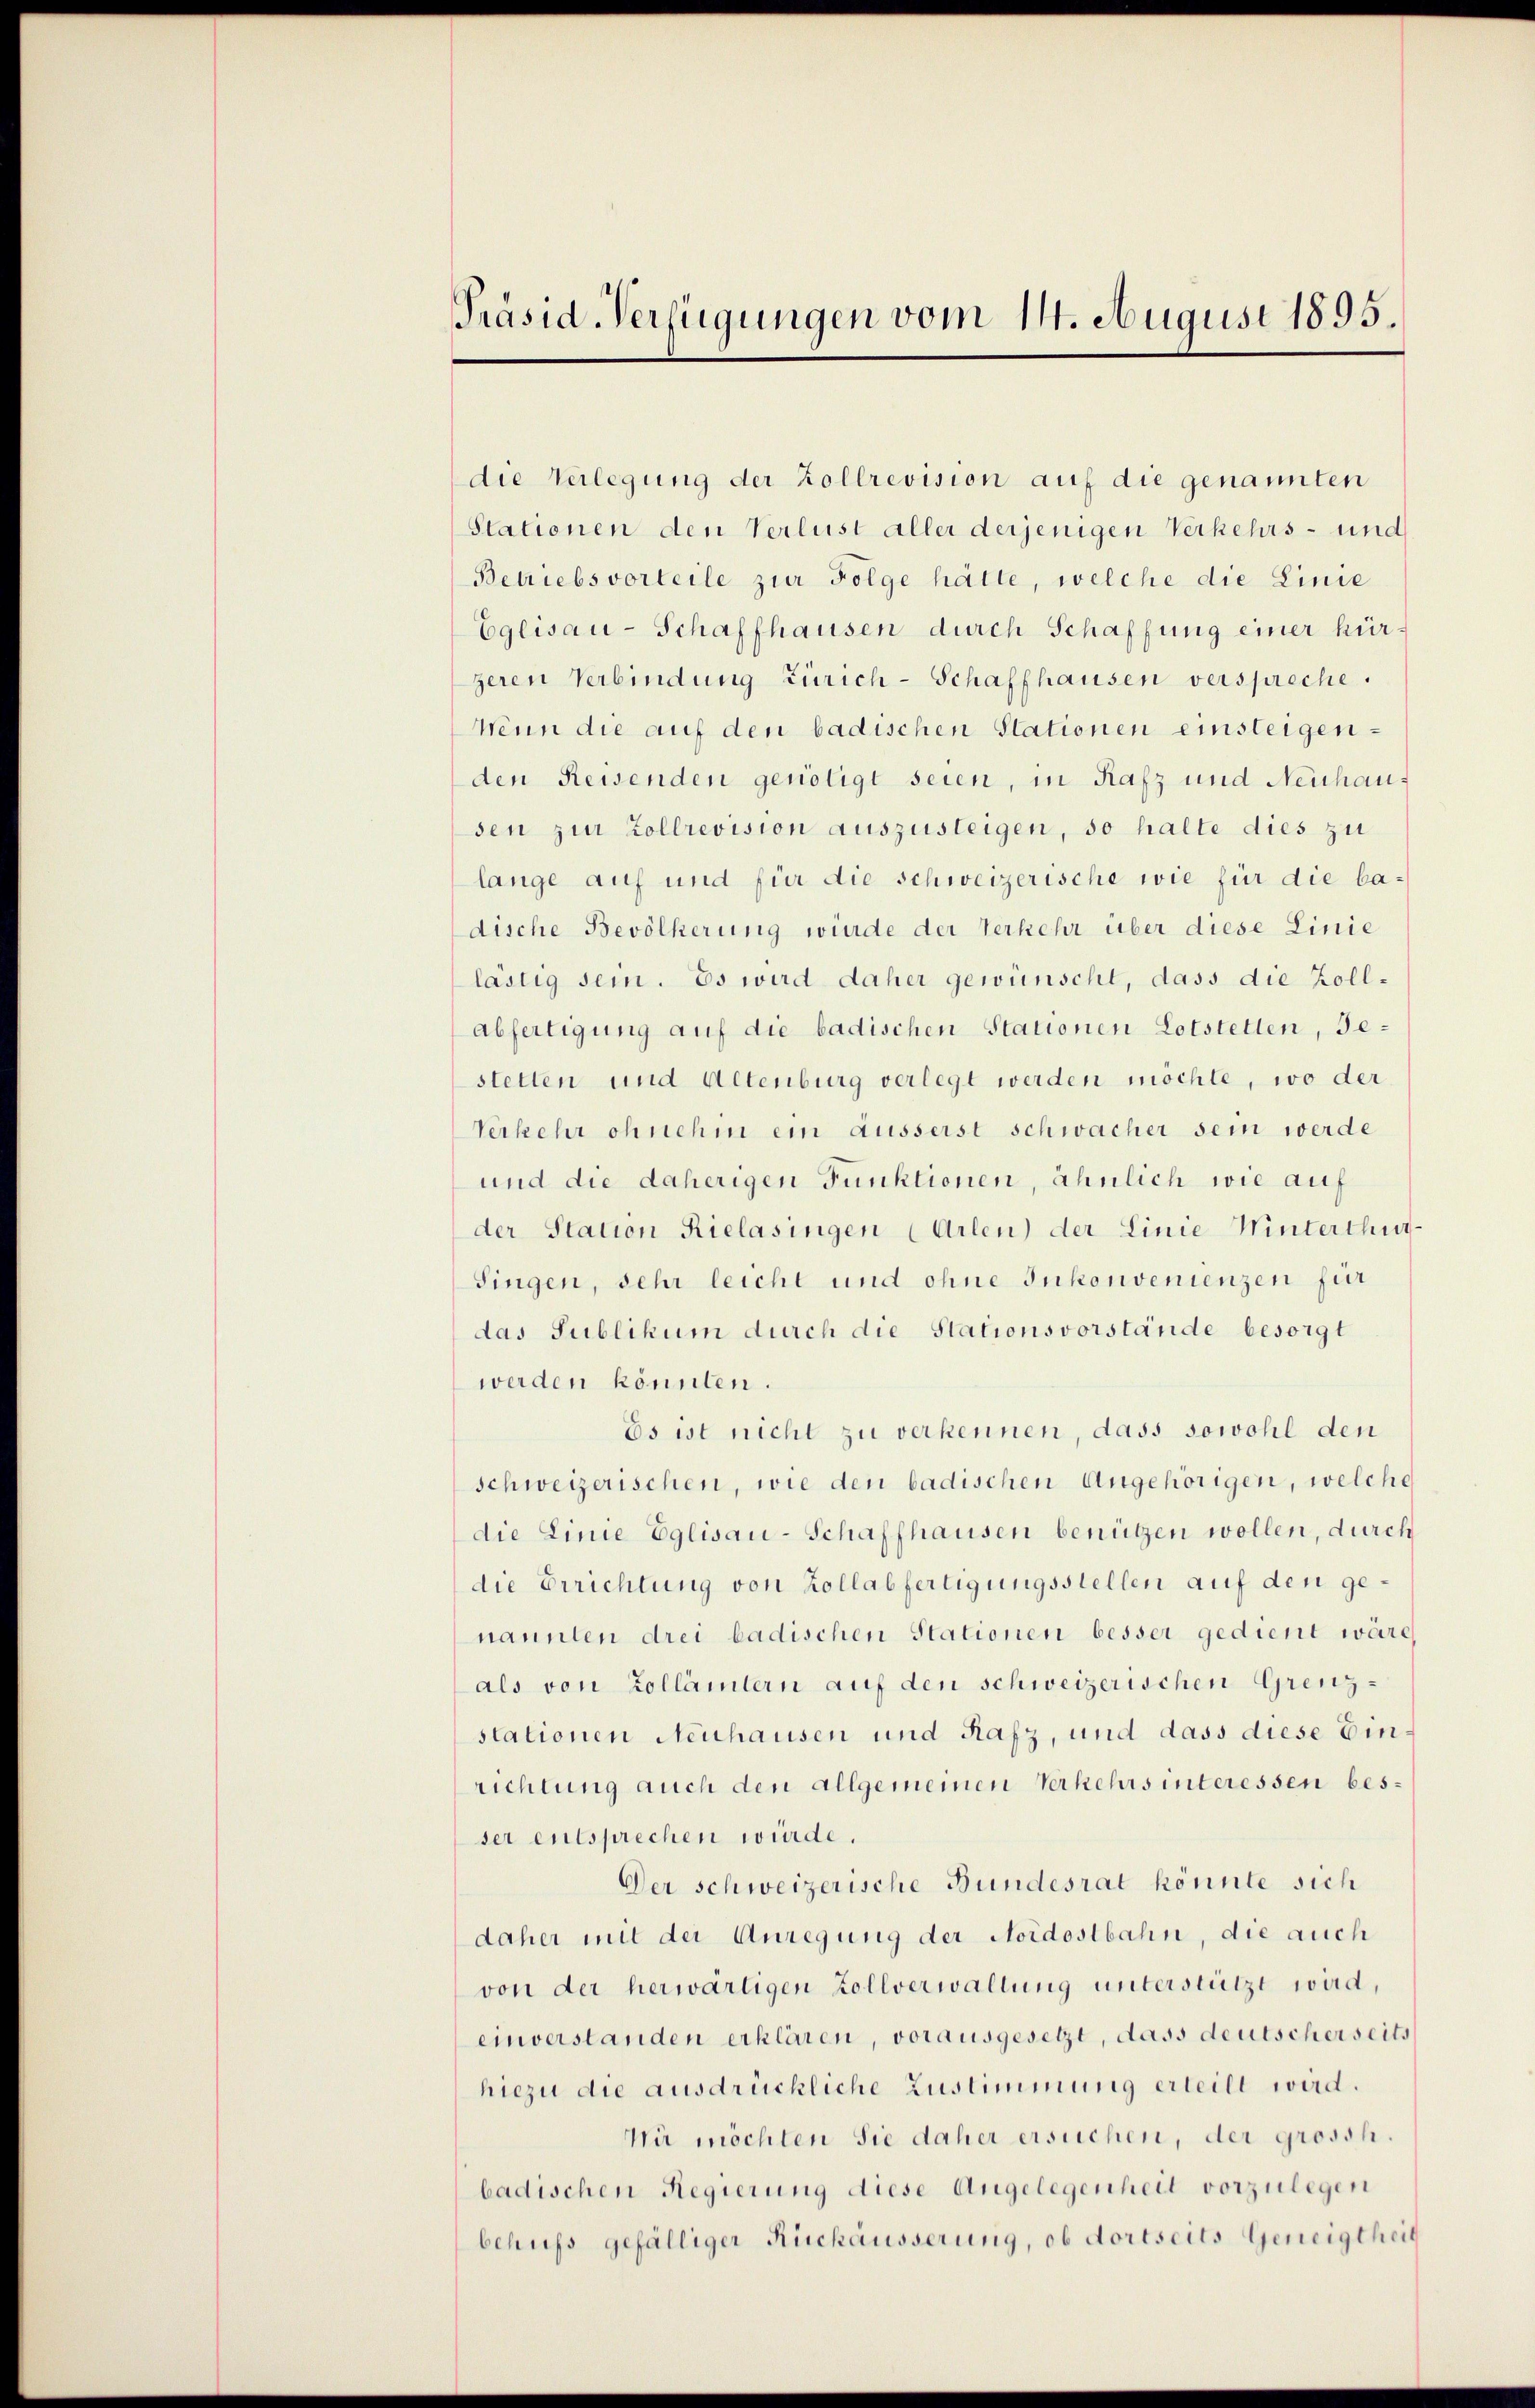
Präsid-Verfügungen vom 14. August 1895.

die Verlegung der Zollrevision auf die genannten
Stationen den Verlust aller derjenigen Verkehrs- und
Betriebsvorteile zur Folge hätte, welche die Linie
Eglisau-Schaffhausen durch Schaffung einer kürzeren Verbindung Zürich-Schaffhausen verspreche.
Wenn die auf den badischen Stationen einsteigenden Reisenden genötigt seien, in Rafz und Neuhaus
sen zur Zollrevision auszusteigen, so halte dies zu
lange auf und für die schweizerische wie für die ba-
dische Bevölkerung würde der Verkehr über diese Linie
lästig sein. Es wird daher gewünscht, dass die Zollabfertigung auf die badischen Stationen Lotstetten, Jestetten und Altenburg verlegt werden möchte, wo der
Verkehr ohnehm ein äusserst schwacher sein werde
und die daherigen Funktionen, ähnlich wie auf
der Station Rielasingen (Arlen) der Linie Winterthur
Singen, sehr leicht und ohne Inkonvenienzen für
das Sublikum durch die Stationsvorstände besorgt
werden könnten.
Es ist nicht zu verkennen, dass sowohl den
schweizerischen, wie den badischen Angehörigen, welche
die Linie Eglisau-Schaffhausen benützen wollen, durch
die Errichtung von Kollabfertigungsstellen auf den genannten drei badischen Stationen besser gedient wäre
als von Zollämtern auf den schweizerischen Grenzstationen Neuhausen und Rafz, und dass diese Einrichtung auch den allgemeinen Verkehrs interessen besser entsprechen würde.
Der Schweizerische Bundesrat könnte sich
daher mit der Anregung der Nordostbahn, die auch
von der herwärtigen Zollverwaltung unterstützt wird,
einverstanden erklären, vorausgesetzt, dass deutscherseits
hiezu die ausdrückliche Zustimmung erteilt wird.
Wir möchten Sie daher ersuchen, der grossh.
badischen Regierung diese Angelegenheit vorzulegen
behufs gefälliger Rückäusserung, ob dortseits Geneigtheil